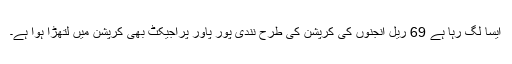
ایسا لگ رہا ہے 69 ریل انجنوں کی کرپشن کی طرح نندی پور پاور پراجیکٹ بھی کرپشن میں لتھڑا ہوا ہے۔